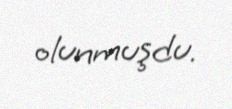
olunmuşdu.